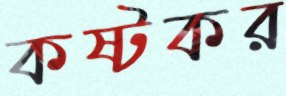
কষ্টকর